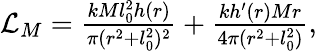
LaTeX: \begin{array}{r}{\mathcal{L}_{M}=\frac{kMl_{0}^{2}h(r)}{\pi(r^{2}+l_{0}^{2})^{2}}+\frac{kh^{\prime}(r)Mr}{4\pi(r^{2}+l_{0}^{2})},}\end{array}